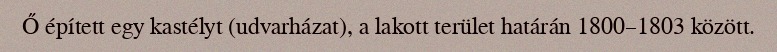
Ő épített egy kastélyt (udvarházat), a lakott terület határán 1800–1803 között.